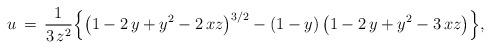
\begin{align*}u\,=\,\frac{1}{3\,z^2}\Big\{\big(1-2\,y+y^2-2\,xz\big)^{3/2}-(1-y)\,\big(1-2\,y+y^2-3\,xz\big)\Big\},\end{align*}